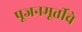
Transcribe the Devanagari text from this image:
पूजनमूर्तीचे